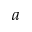
a